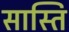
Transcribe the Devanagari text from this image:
सास्ति